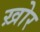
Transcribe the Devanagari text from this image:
ख़ोर